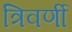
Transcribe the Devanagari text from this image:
त्रिवर्णी